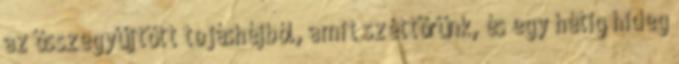
az összegyűjtött tojáshéjból, amit széttörünk, és egy hétig hideg